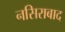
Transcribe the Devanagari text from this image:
नसिराबाद